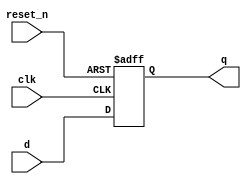
module _dff_r_async(clk, reset_n, d, q);
	input clk, reset_n, d;
	output q;
	reg q;
	
	// when clock is posedge or reset_n is negedge
	always @(posedge clk or negedge reset_n) begin
	if(reset_n == 0)		// when reset_n is 0
		q <= 1'b0;		// q must be 0
	else
		q <= d;		// q is d with non-blocking
		
	end

endmodule